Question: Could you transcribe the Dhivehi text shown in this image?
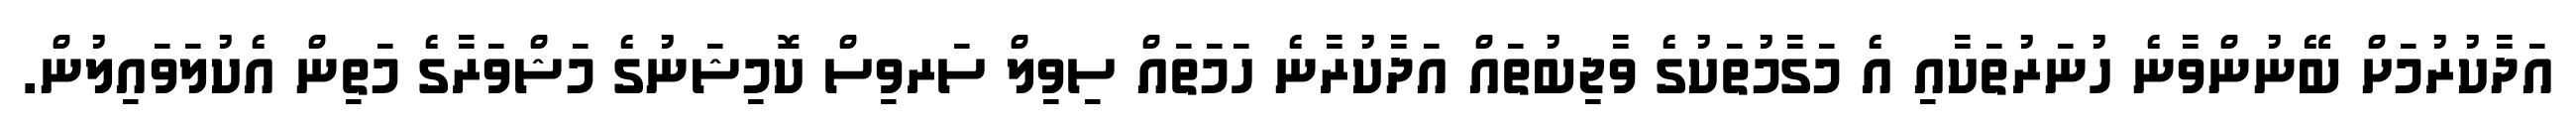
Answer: އަދާކުރުމަށް ބޭނުންވާނެ ހުނަރުތަކާއި އެ މަގާމުތަކުގެ ވާޖިބުތައް އަދާކުރާނެ ހަމަތައް ސިވިލް ސަރވިސް ކޮމިޝަނުގެ މަޝްވަރާގެ މަތިން އެކުލަވައިލުން.